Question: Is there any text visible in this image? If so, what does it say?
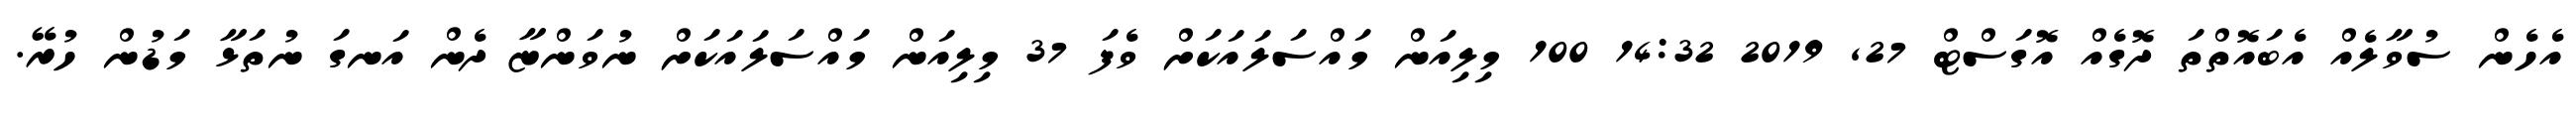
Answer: އެހެން ސުވާލެއް އެބައޮތްތަ ދޮގެއް އޮގަސްޓް 27, 2019 14:32 100 މިލިއަން މައްސަލައަކަށް ވެފަ 37 މިލިއަން މައްސަލައަކަށް ނުވަންޏާ ދެން އަނގަ ނުތަޅާ މަޑުން ހުރޭ.